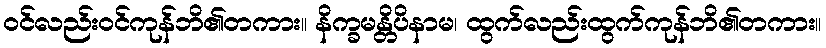
ဝင်လည်းဝင်ကုန်ဘိ၏တကား။ နိက္ခမန္တိပိနာမ၊ ထွက်လည်းထွက်ကုန်ဘိ၏တကား။